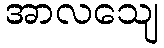
အာလသျေ